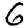
Digit: 6